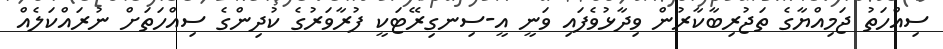
ސިއްހަތު ޖަމިއްޔާގެ ތަޖުރިބާކާރުން ވިދާޅުވެފައި ވަނީ އީ-ސިނގިރޭޓަކީ ފުރާވަރުުގެ ކުދިންގެ ސިއްހަތަށް ނުރައްކަލެއް